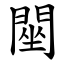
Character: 䦟